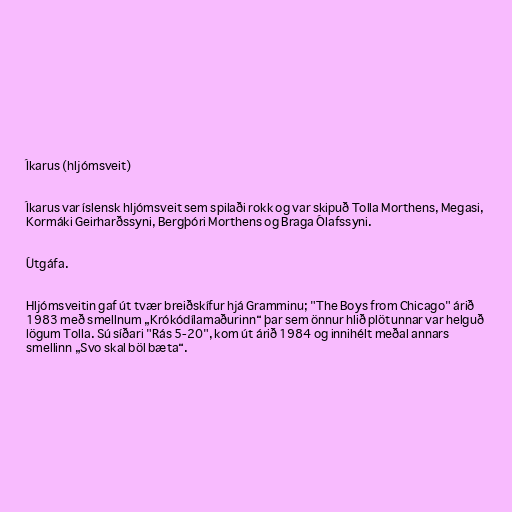
Íkarus (hljómsveit)

Íkarus var íslensk hljómsveit sem spilaði rokk og var skipuð Tolla Morthens, Megasi,
Kormáki Geirharðssyni, Bergþóri Morthens og Braga Ólafssyni.

Útgáfa.

Hljómsveitin gaf út tvær breiðskífur hjá Gramminu; "The Boys from Chicago" árið
1983 með smellnum „Krókódílamaðurinn“ þar sem önnur hlið plötunnar var helguð
lögum Tolla. Sú síðari "Rás 5-20", kom út árið 1984 og innihélt meðal annars
smellinn „Svo skal böl bæta“.